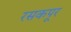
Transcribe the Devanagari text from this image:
रसकपूर